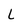
Character: L